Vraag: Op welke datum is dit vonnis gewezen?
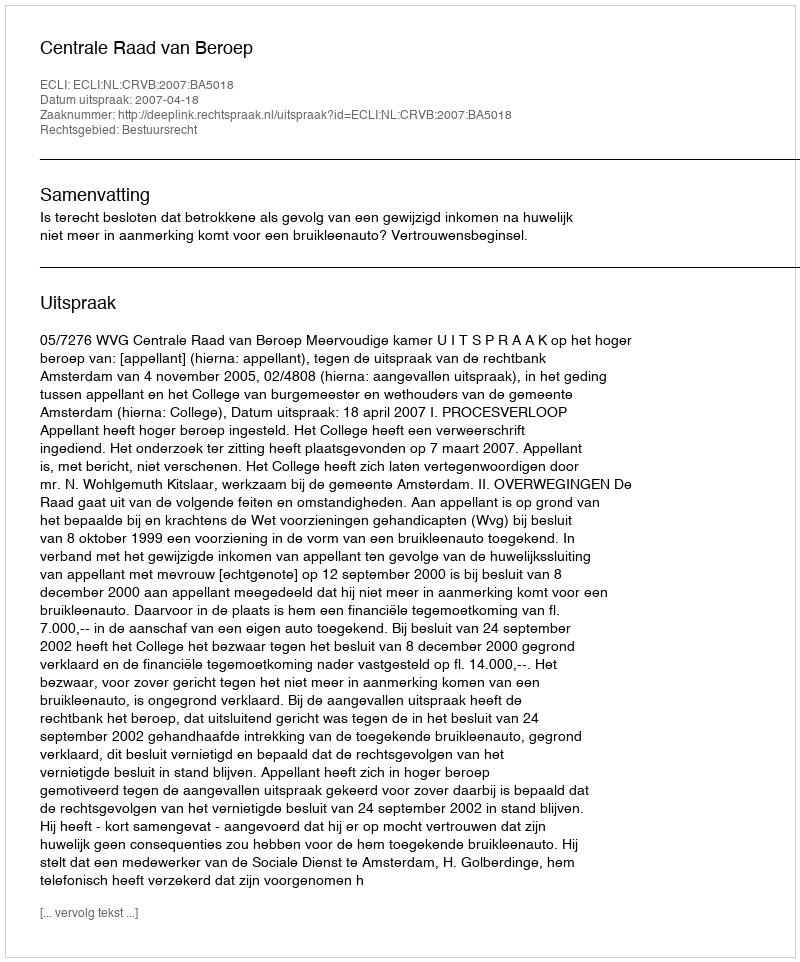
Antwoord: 2007-04-18